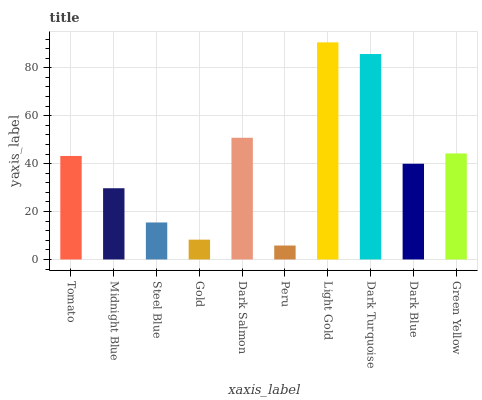
| xaxis_label | bars |
 | --- | --- |
 | Tomato | 43.2 |
 | Midnight Blue | 29.7 |
 | Steel Blue | 15.4 |
 | Gold | 8.26 |
 | Dark Salmon | 50.8 |
 | Peru | 5.82 |
 | Light Gold | 90.6 |
 | Dark Turquoise | 85.7 |
 | Dark Blue | 39.9 |
 | Green Yellow | 44.2 |